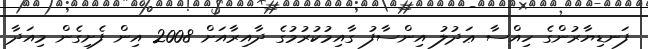
ފަނޑިޔާރުންގެ ހިއްސާ ޢަދުލު އިންސާފު ގާއިމުކުރުމުގެ ދާއިރާއަށް 2008 އިން ފެށިގެން މިއަދާ